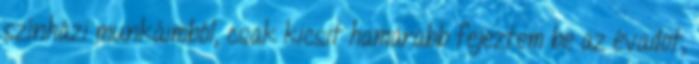
színházi munkáimból, csak kicsit hamarabb fejeztem be az évadot,